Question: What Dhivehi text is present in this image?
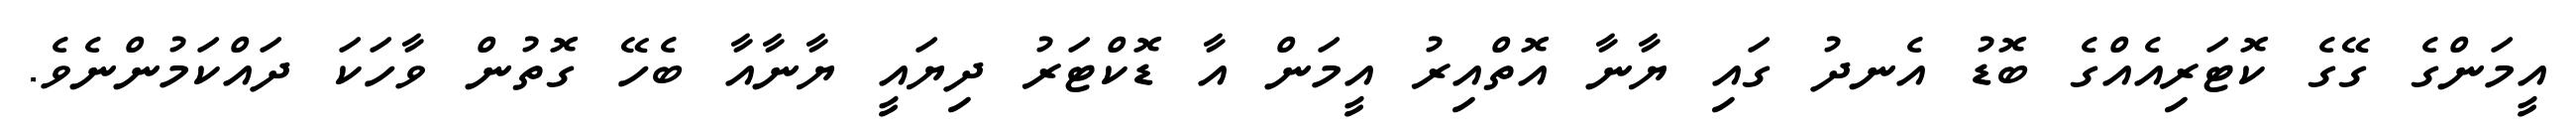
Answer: އީމަންގެ ގޭގެ ކޮޓަރިއެއްގެ ބޮޑު އެނދު ގައި ޔާނާ އޮތްއިރު އީމަން އާ ޑޮކްޓަރު ދިޔައީ ޔާނާއާ ބެހޭ ގޮތުން ވާހަކަ ދައްކަމުންނެވެ.